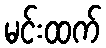
မင်းထက်